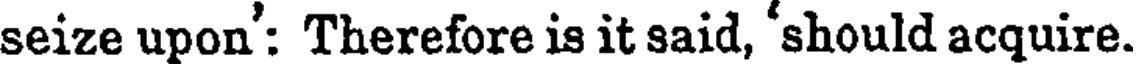
seize upon': Therefore is it said, 'should acquire.